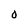
Character: O